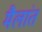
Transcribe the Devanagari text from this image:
मैलांत